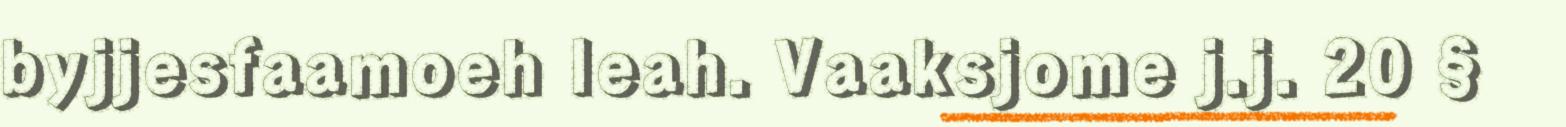
byjjesfaamoeh leah. Vaaksjome j.j. 20 §